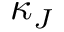
\kappa _ { J }